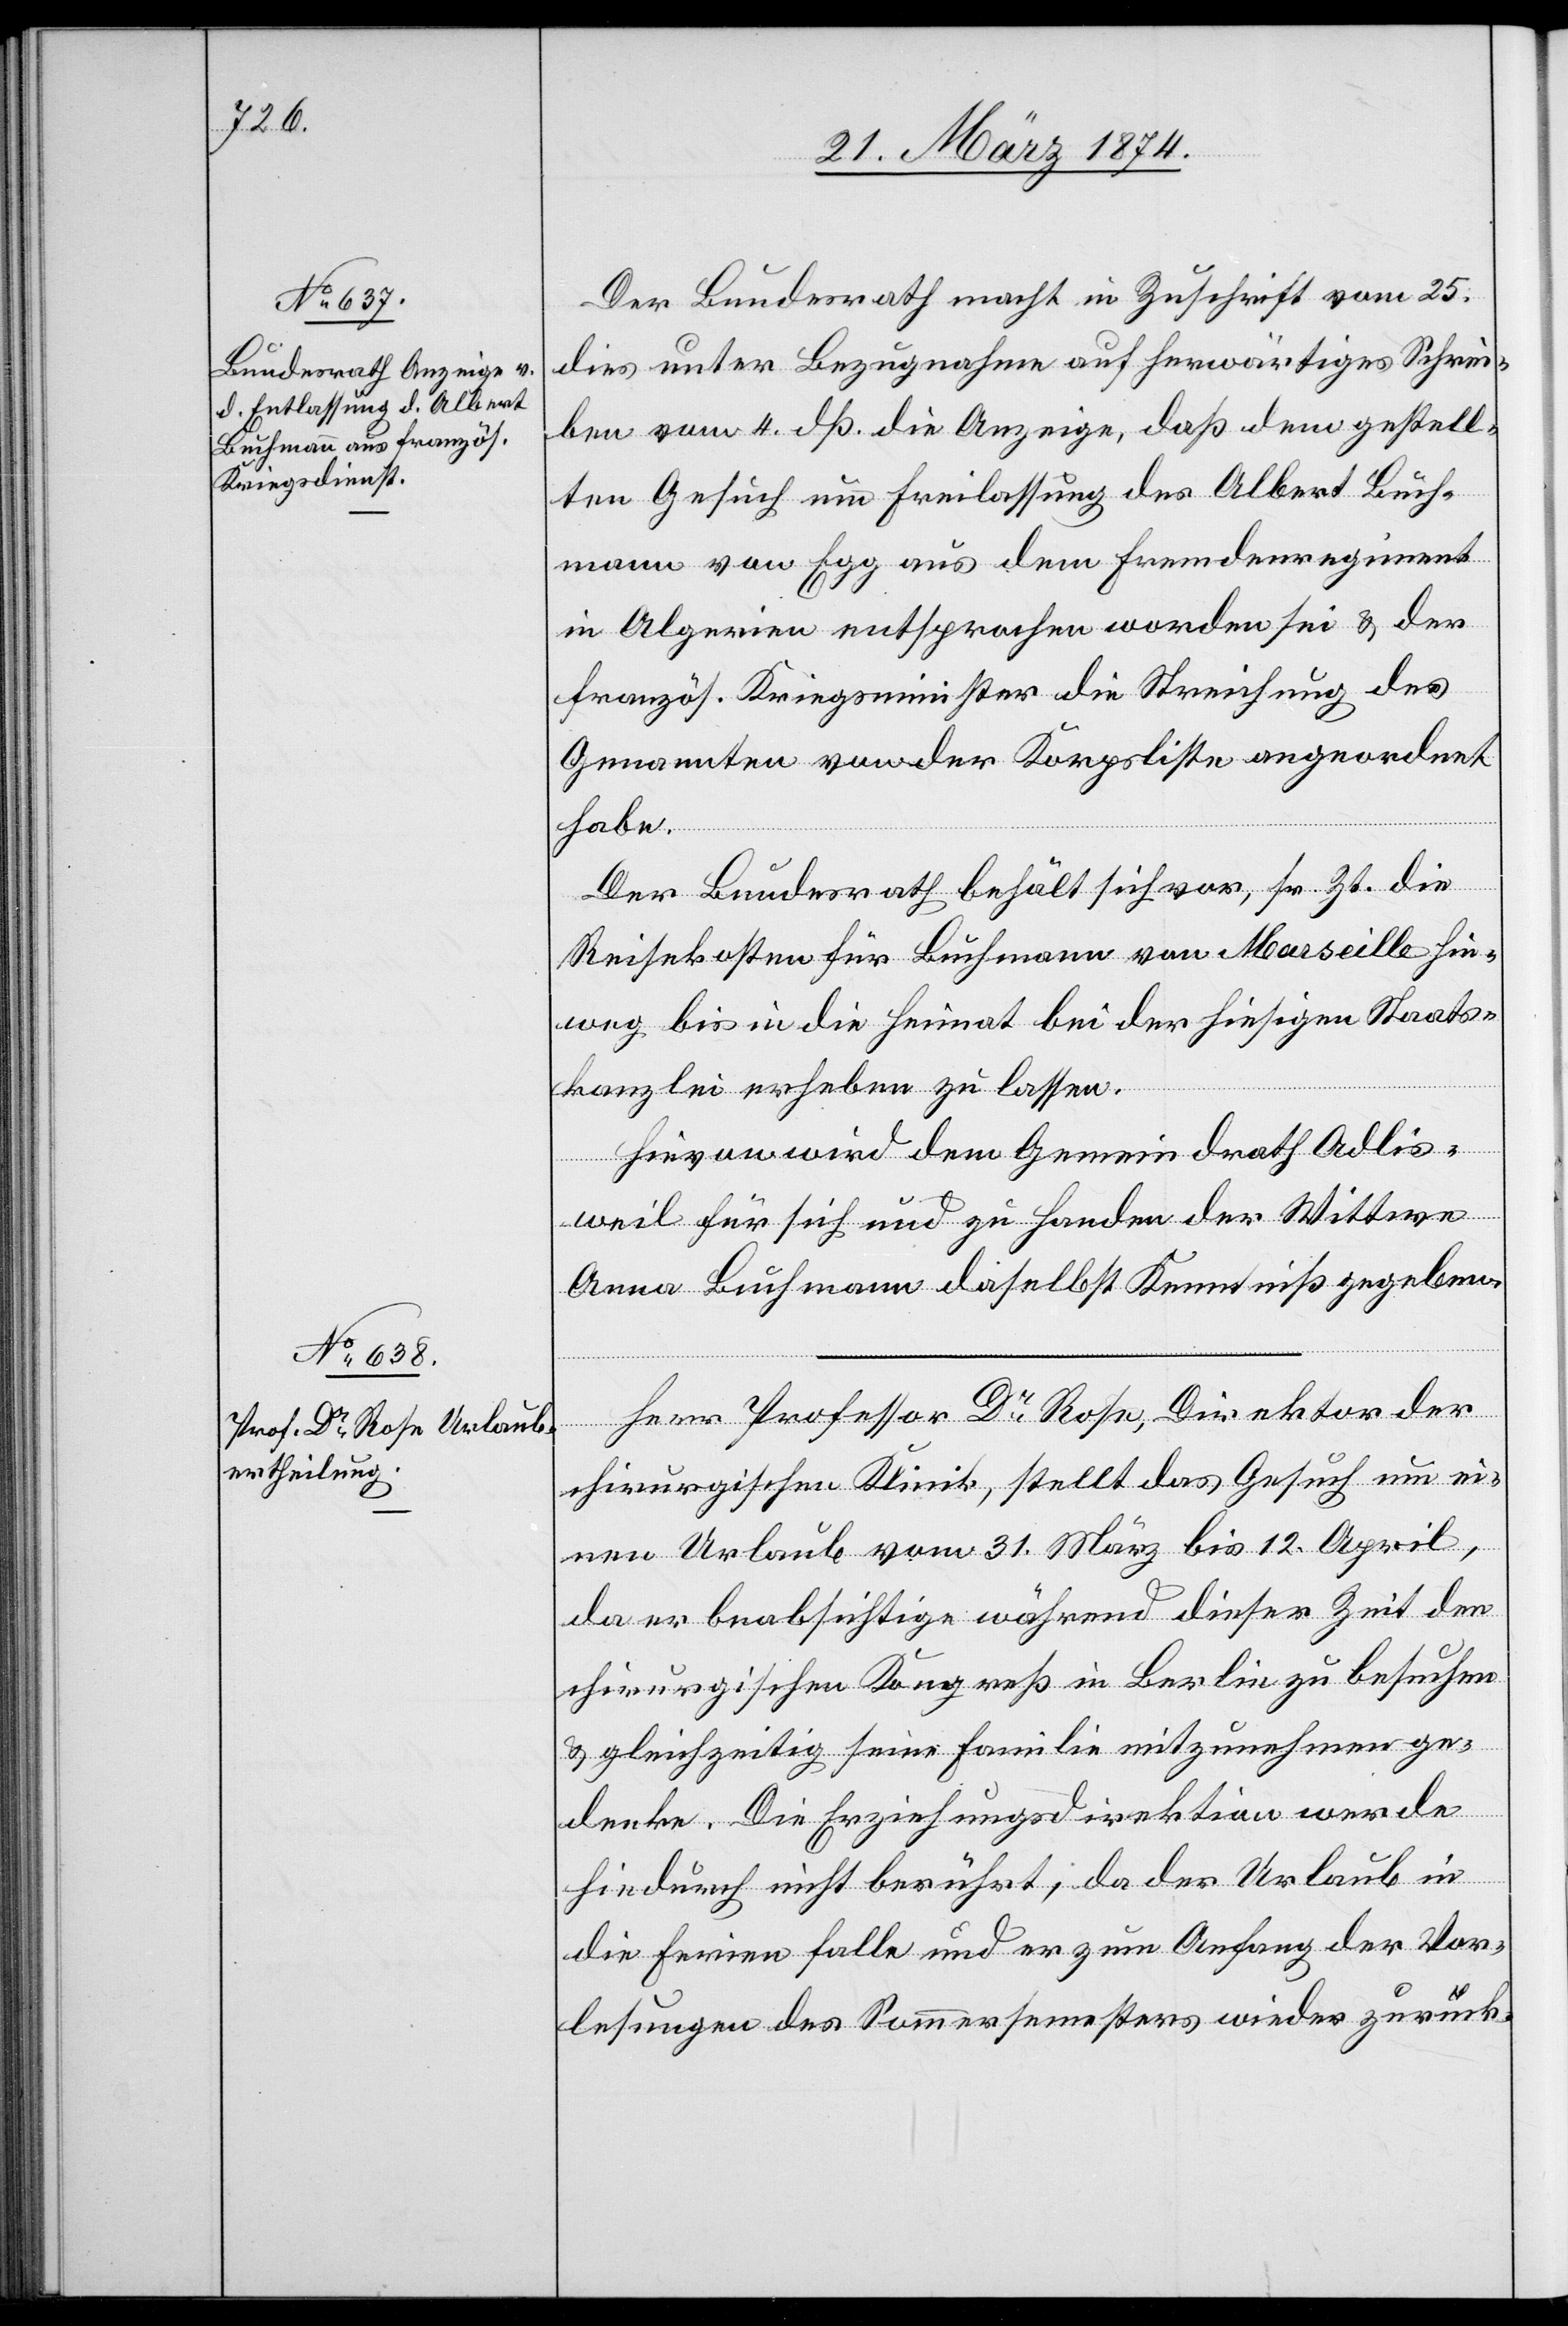
27. März 1874.]
Der Bundesrath macht in Zuschrift vom 25.
dies unter Bezugnahme auf herwärtiges Schrei¬
ben vom 4. dß. die Anzeige, daß dem gestell¬
ten Gesuch um Freilassung des Albert Buch¬
mann von Egg aus dem Fremdenregiment
in Algerien entsprochen worden sei u. der
französ. Kriegsminister die Streichung des
Genannten von der Korpsliste angeordnet
habe.
Der Bundesrath behält sich vor, sr. Zt. die
Reisekosten für Buchmann von Marseille hin¬
weg bis in die Heimat bei der hiesigen Staats¬
kanzlei erheben zu lassen.
Hievon wird dem Gemeindrath Adlis¬
weil für sich und zu Handen der Wittwe
Anna Buchmann daselbst Kenntniß gegeben.
Herr Professor Dr Rose, Direktor der
chirurgischen Klinik, stellt das Gesuch um ei¬
nen Urlaub vom 31. März bis 12. April,
da er beabsichtige während dieser Zeit den
chirurgischen Kongreß in Berlin zu besuchen
u. gleichzeitig seine Familie mitzunehmen ge¬
denke. Die Erziehungsdirektion werde
hiedurch nicht berührt, da der Urlaub in
die Ferien falle und er zum Anfang der Vor¬
lesungen des Sommersemesters wieder zurück